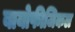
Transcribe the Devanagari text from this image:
बायोफीजिकल